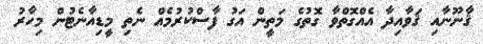
ޤާނޫނާއި ޤަވާއިދާ އެއްގޮތްވާ ގޮތުގެ މަތީން އަގު ފާސްކުރުމެއް ނެތި މީޑިއާނެޓުން މިހާރު